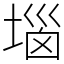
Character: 堖